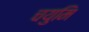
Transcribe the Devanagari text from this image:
चयुमि